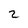
Character: 2